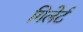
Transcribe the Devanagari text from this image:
गिलेर्ट